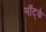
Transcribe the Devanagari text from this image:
नॉट्के